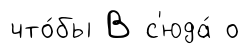
что́бы В с'юда́ о